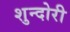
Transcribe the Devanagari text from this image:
शुन्दोरी